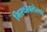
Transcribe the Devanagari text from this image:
भिरकावलेल्या